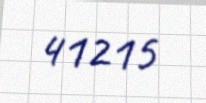
41215